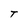
Character: T